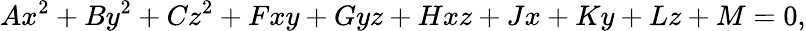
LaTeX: Ax^{2}+By^{2}+Cz^{2}+Fxy+Gyz+Hxz+Jx+Ky+Lz+M=0,